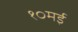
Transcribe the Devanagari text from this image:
१०मई